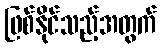
ဖြစ်နိုင်သည့်အတွက်